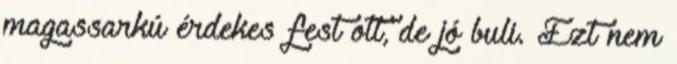
magassarkú érdekes fest ott, de jó buli. Ezt nem